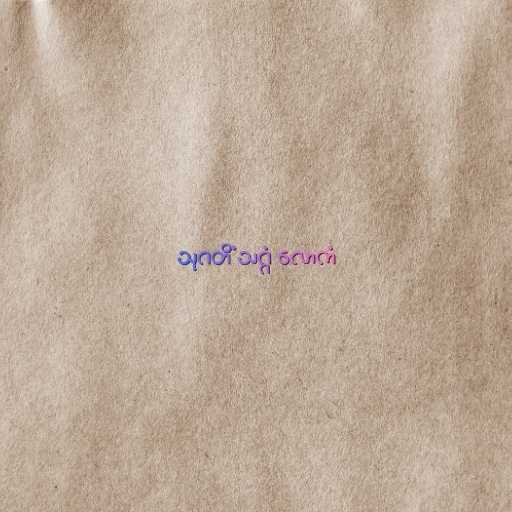
သုဂတိံ သဂ္ဂံ လောကံ